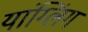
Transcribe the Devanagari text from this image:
यांग्लिंग